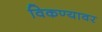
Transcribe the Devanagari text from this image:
विकण्यावर